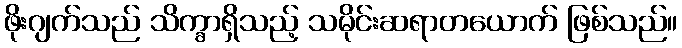
ဖိုးဂျက်သည် သိက္ခာရှိသည့် သမိုင်းဆရာတယောက် ဖြစ်သည်။